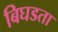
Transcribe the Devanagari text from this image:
बिघडता